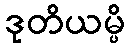
ဒုတိယမ္ပိ